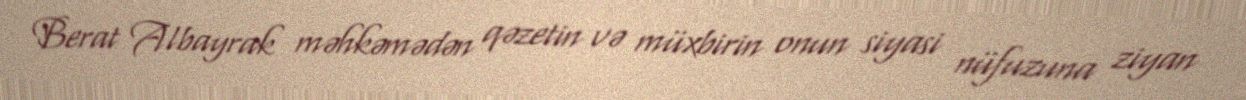
Berat Albayrak məhkəmədən qəzetin və müxbirin onun siyasi nüfuzuna ziyan